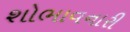
શોભાવનારી